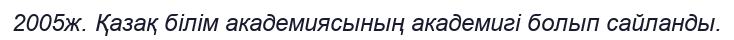
2005ж. Қазақ білім академиясының академигі болып сайланды.